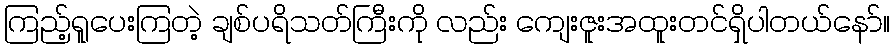
ကြည့်ရူပေးကြတဲ့ ချစ်ပရိသတ်ကြီးကို လည်း ကျေးဇူးအထူးတင်ရှိပါတယ်နော်။